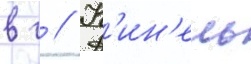
в г // К'ин'ель